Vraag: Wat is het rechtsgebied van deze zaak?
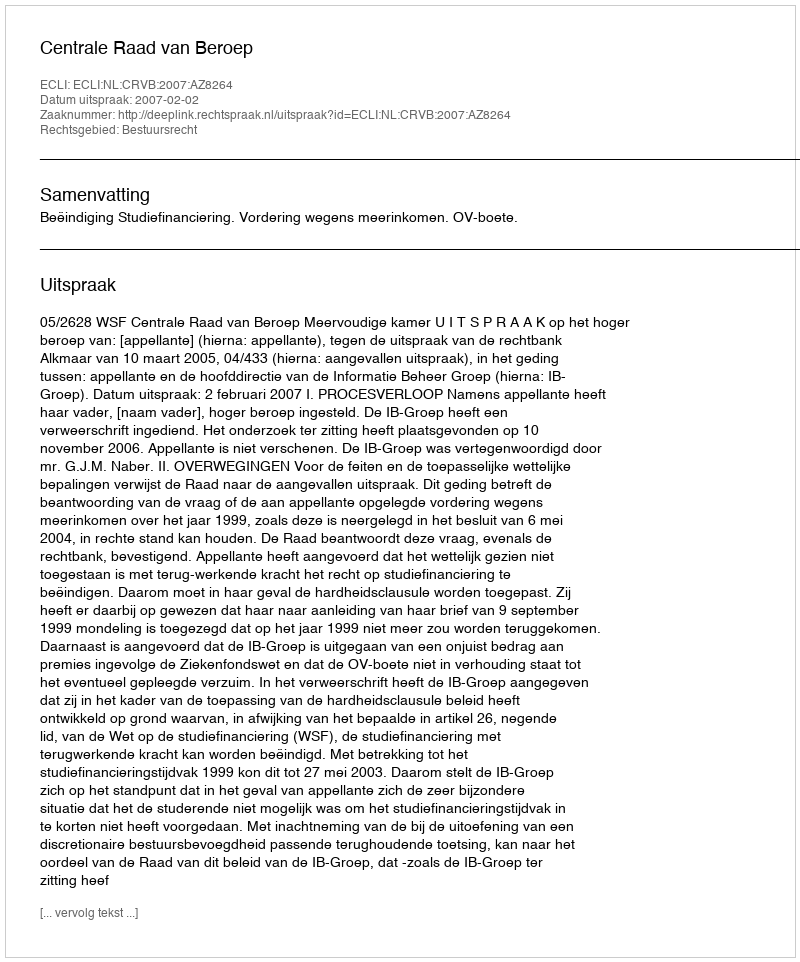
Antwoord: Bestuursrecht